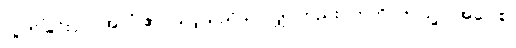
လွတ်ခြင်းငှာ။ အလံ ဧဝ၊ သင့်သည်သာလျှင်တည်း။ ဣတိ၊ ဤသို့။ (အဝေါစ၊